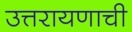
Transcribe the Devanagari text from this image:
उत्तरायणाची